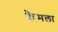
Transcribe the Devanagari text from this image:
कैमला